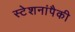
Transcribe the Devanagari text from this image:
स्टेशनांपैकी